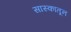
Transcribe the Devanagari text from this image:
सास्कातून